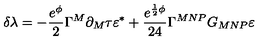
\delta \lambda = - \frac { e ^ { \phi } } { 2 } \Gamma ^ { M } \partial _ { M } \tau \varepsilon ^ { * } + \frac { e ^ { \frac { 1 } { 2 } \phi } } { 2 4 } \Gamma ^ { M N P } G _ { M N P } \varepsilon